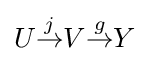
U{\overset {j}{\to }}V{\overset {g}{\to }}Y